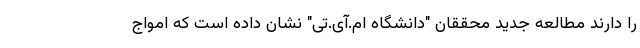
را دارند مطالعه جدید محققان "دانشگاه ام.آی.تی" نشان داده است که امواج